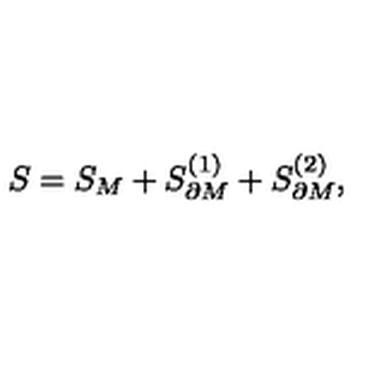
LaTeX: S = S _ { M } + S _ { \partial M } ^ { ( 1 ) } + S _ { \partial M } ^ { ( 2 ) } ,